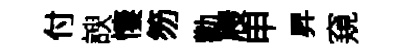
付諛悽笏勸屐申昇窺